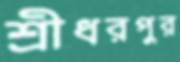
শ্রীধরপুর